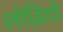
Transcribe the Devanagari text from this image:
लोढ़ियों